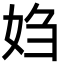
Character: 㛀